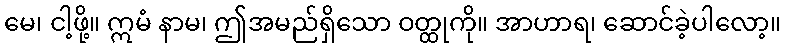
မေ၊ ငါ့ဖို့။ ဣမံ နာမ၊ ဤအမည်ရှိသော ဝတ္ထုကို။ အာဟာရ၊ ဆောင်ခဲ့ပါလော့။